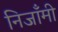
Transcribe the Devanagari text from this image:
निजाँमी